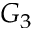
G _ { 3 }